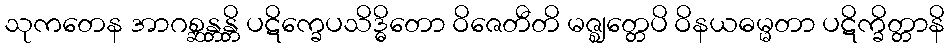
သုကတေန အာဂစ္ဆန္တန္တိ ပဋိက္ခေပသိဒ္ဓိတော ဝိဇေတီတိ မဇ္ဈတ္တေပိ ဝိနယဓမ္မတာ ပဋိက္ခိတ္တာနိ